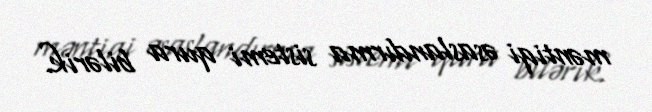
məntiqi əsaslandırma sistemi qura bilərik.